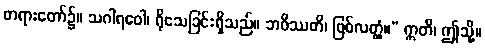
တရားတော်၌။ သဂါရဝေါ၊ ရိုသေခြင်းရှိသည်။ ဘဝိဿတိ၊ ဖြစ်လတ္တံ့။” ဣတိ၊ ဤသို့။